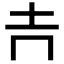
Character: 𡉅